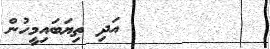
٤٣        އަދި ތިޔަބައިމީހުން